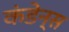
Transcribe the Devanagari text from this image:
कंडेन्स